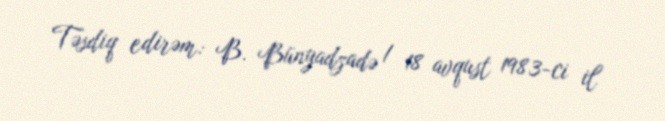
Təsdiq edirəm: B. Bünyadzadə / 18 avqust 1983-ci il